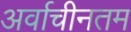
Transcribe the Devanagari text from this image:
अर्वाचीनतम